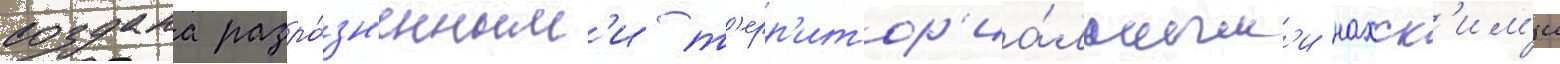
создана разро́зн'енным'и т'ерр'итор'иа́льным'и нахск'им'и